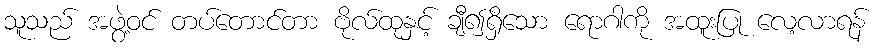
သူသည် အဖွဲ့ဝင် တပ်တောင်တာ ဗိုလ်ထုနှင့် ချီ၍ရှိသော ရောဂါကို အထူးပြု လေ့လာရန်